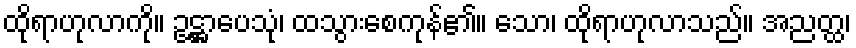
ထိုရာဟုလာကို။ ဥဋ္ဌာပေသုံ၊ ထသွားစေကုန်၏။ သော၊ ထိုရာဟုလာသည်။ အညတ္ထ၊